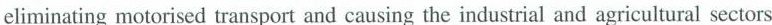
eliminating motorised transport and causing the industrial and agricultural sectors